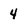
Character: 4